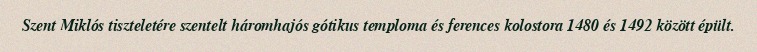
Szent Miklós tiszteletére szentelt háromhajós gótikus temploma és ferences kolostora 1480 és 1492 között épült.